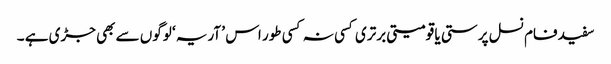
سفید فام نسل پرستی یا قومیتی برتری کسی نہ کسی طور اس ’ آریہ ‘ لوگوں سے بھی جڑی ہے ۔